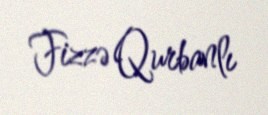
Fizzə Qurbanlı